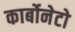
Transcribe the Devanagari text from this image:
कार्बोनेटो